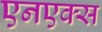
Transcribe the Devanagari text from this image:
एनएक्स